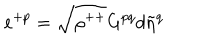
e ^ { + p } = \sqrt { \rho ^ { + + } } G ^ { p q } d { \tilde { \eta } } ^ { q }